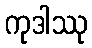
ကုဒါဿု